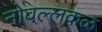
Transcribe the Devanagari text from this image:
नोवल्लकळ